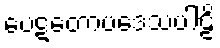
ပေဋတောပဒေသပါဠိ